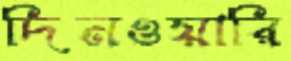
দিনওয়ারি